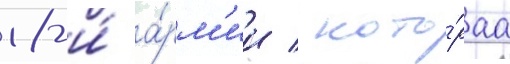
18-и́ а́рм'ии / кото́раа